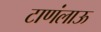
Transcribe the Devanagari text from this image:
टाणंलाऊ